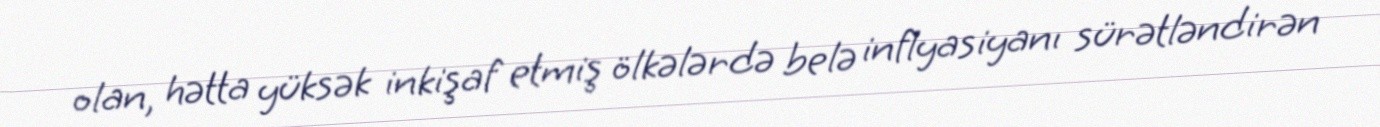
olan, hətta yüksək inkişaf etmiş ölkələrdə belə inflyasiyanı sürətləndirən